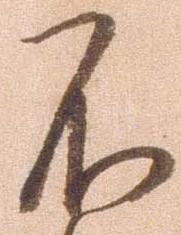
不